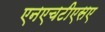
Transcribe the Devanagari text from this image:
एनएचटीएसए